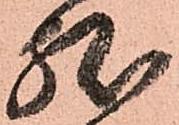
然